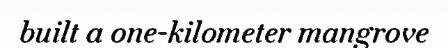
built a one-kilometer mangrove